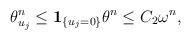
\begin{align*}\theta_{u_j}^n \le \bold{1}_{\{u_j=0\}}\theta^n \le C_2 \omega^n,\end{align*}